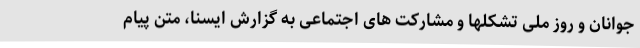
جوانان و روز ملی تشکلها و مشارکت های اجتماعی به گزارش ایسنا، متن پیام